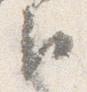
臣